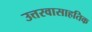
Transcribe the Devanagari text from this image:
उत्तरवासाहतिक